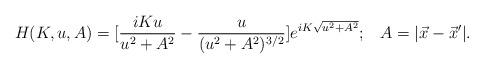
LaTeX: \begin{align*}H(K,u,A) = [\frac{iKu}{u^2+A^2} - \frac{u}{(u^2+A^2)^{3/2}}]e^{iK\sqrt{u^2+A^2}}; \;\;\; A = |\vec{x}-\vec{x}'|.\end{align*}